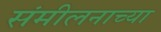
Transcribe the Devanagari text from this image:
संमीलनाच्या